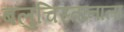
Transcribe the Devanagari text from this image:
बलुचिस्तानाला